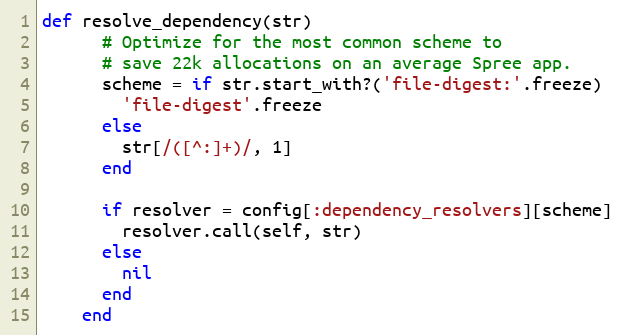
Language: Ruby
def resolve_dependency(str)
      # Optimize for the most common scheme to
      # save 22k allocations on an average Spree app.
      scheme = if str.start_with?('file-digest:'.freeze)
        'file-digest'.freeze
      else
        str[/([^:]+)/, 1]
      end

      if resolver = config[:dependency_resolvers][scheme]
        resolver.call(self, str)
      else
        nil
      end
    end